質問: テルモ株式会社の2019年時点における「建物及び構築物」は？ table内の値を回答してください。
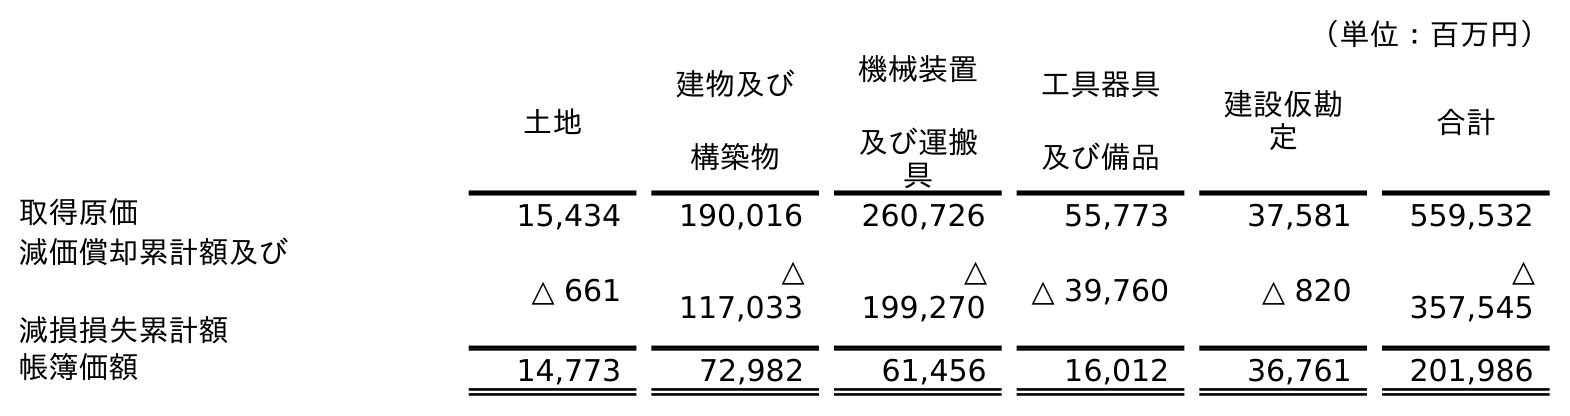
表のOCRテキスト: （単位：百万円） 土地 建物及び 構築物 機械装置 及び運搬 具 工具器具 及び備品 建設仮勘 定 合計 取得原価 15,434 190,016 260,726 55,773 37,581 559,532 減価償却累計額及び 減損損失累計額 △ 661 △ 117,033 △ 199,270 △ 39,760 △ 820 △ 357,545 帳簿価額 14,773 72,982 61,456 16,012 36,761 201,986
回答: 72,982